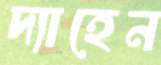
দ্যাহেন